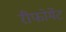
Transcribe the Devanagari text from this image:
रीफोर्मेट